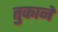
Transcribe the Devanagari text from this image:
तुकाने